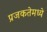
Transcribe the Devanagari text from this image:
प्रजकतेमध्ये